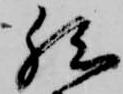
然